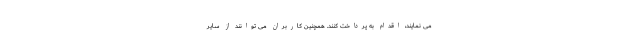
می نمایند، اقدام به پرداخت کنند. همچنین کاربران می توانند از سایر